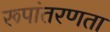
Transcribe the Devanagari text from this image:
रूपांतरणता